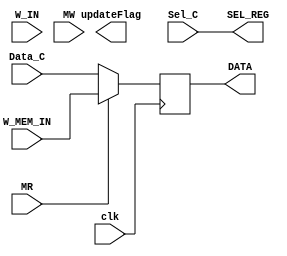
module Block2(
					input clk,
					input[15:0] W_IN,
					input[15:0] W_MEM_IN,
					input MR,
					input MW,
					input[15:0] Data_C,
					input[5:0] Sel_C,
					output reg[15:0] DATA,
					output[5:0] SEL_REG,
					output reg updateFlag
					);
	
	assign SEL_REG = Sel_C;
	
	always @ (posedge clk) begin
		if(MR) begin
//			SEL_REG = 6'b100010; //Reg 34, working register. Hardcodeado porque el opcode pone SEL_C en 35, pero necesito de alguna forma indicarle al bloque que pase esto al registro W.
			DATA = W_MEM_IN; //Le paso al working register lo que leí de memoria.
		end else begin
//		if(Sel_C != 35) begin //Sin este if se re buggea el Working Register y me supera entender el por qué
			DATA = Data_C;			
//			SEL_REG = Sel_C;
			//end
		end

//		updateFlag = ~updateFlag;
	end		
endmodule